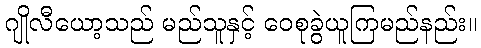
ဂျိုလီယော့သည် မည်သူနှင့် ဝေစုခွဲယူကြမည်နည်း။